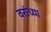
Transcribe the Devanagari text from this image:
वरांच्या